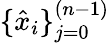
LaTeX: \{ \hat{x}_{i}\} _{j=0}^{(n-1)}